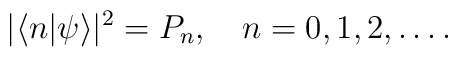
|\langle n|\psi\rangle|^2=P_n,\quad n=0,1,2,\ldots.